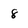
Character: 8